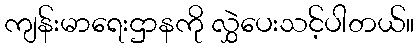
ကျန်းမာရေးဌာနကို လွှဲပေးသင့်ပါတယ်။